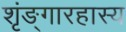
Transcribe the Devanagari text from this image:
शृंङ्गारहास्य